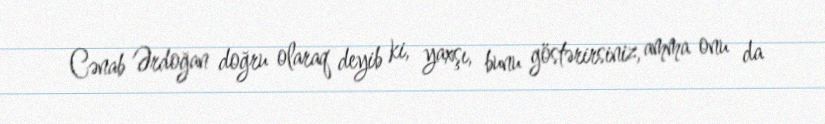
Cənab Ərdoğan doğru olaraq deyib ki, yaxşı, bunu göstərirsiniz, amma onu da